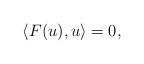
LaTeX: \begin{align*} \langle F(u), u\rangle=0, \end{align*}